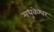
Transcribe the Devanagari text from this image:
मधुकेश्वर